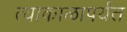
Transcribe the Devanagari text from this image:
त्याकाळापर्यंत